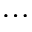
\ldots